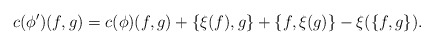
\begin{align*}c(\phi')(f,g)= c(\phi)(f,g) + \{\xi(f),g\} + \{f,\xi(g)\} - \xi(\{f, g\}) .\end{align*}